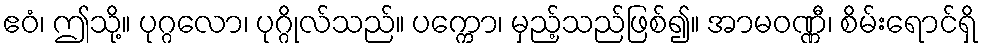
ဧဝံ၊ ဤသို့။ ပုဂ္ဂလော၊ ပုဂ္ဂိုလ်သည်။ ပက္ကော၊ မှည့်သည်ဖြစ်၍။ အာမဝဏ္ဏီ၊ စိမ်းရောင်ရှိ